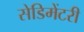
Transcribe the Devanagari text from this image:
सेडिमेंटरी